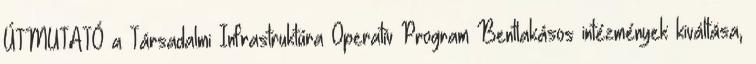
ÚTMUTATÓ a Társadalmi Infrastruktúra Operatív Program Bentlakásos intézmények kiváltása,